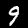
Digit: 9